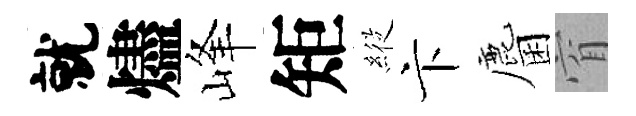
就燼峰矩𦂵卞麕窅